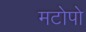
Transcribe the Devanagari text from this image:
मटोपो